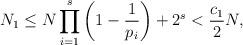
LaTeX: \begin{align*}N_1 \leq N \prod_{i = 1}^s \left(1 - \frac1{p_i}\right) + 2^s < \frac{c_1}{2} N ,\end{align*}